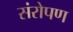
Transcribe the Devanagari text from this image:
संरोपण